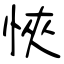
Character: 悏